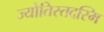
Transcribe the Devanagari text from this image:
ज्योतिस्तदस्मि